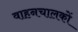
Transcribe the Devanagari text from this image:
वाहनचालकों